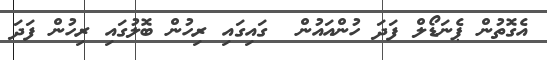
އެގޮތުން ޕެނަޑޯލް ފަދަ ހުންއައުން  ގައިގައި ރިހުން ބޮލުގައި ރިހުން ފަދަ